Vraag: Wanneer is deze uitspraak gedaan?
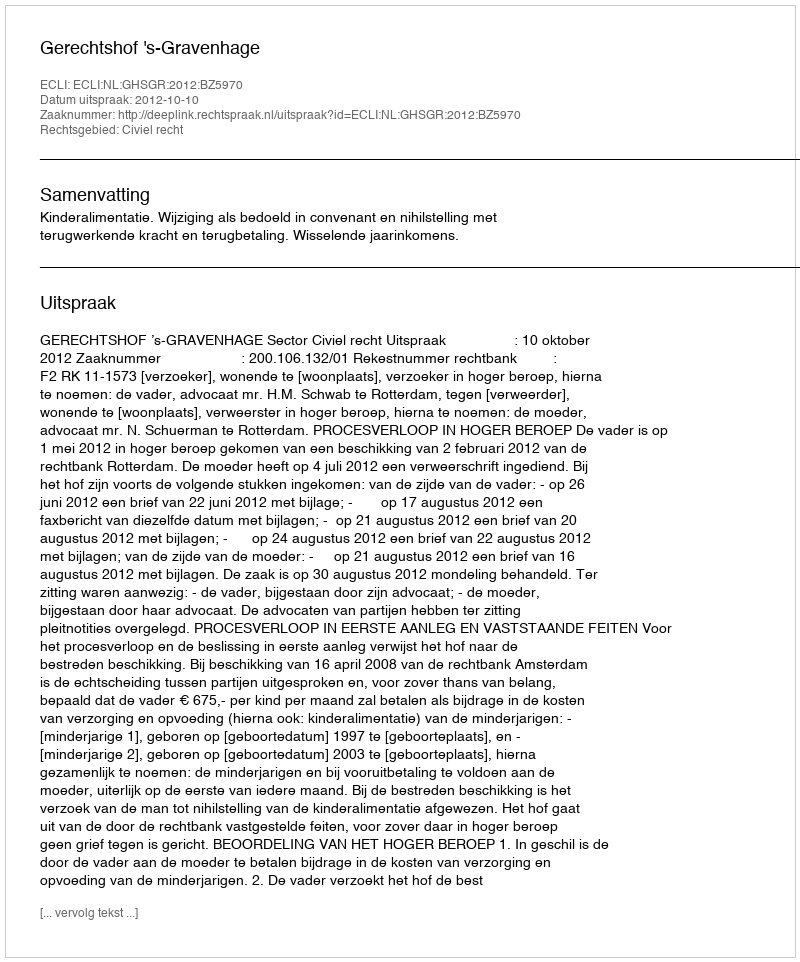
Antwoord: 2012-10-10